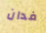
فدان